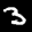
Label: 3